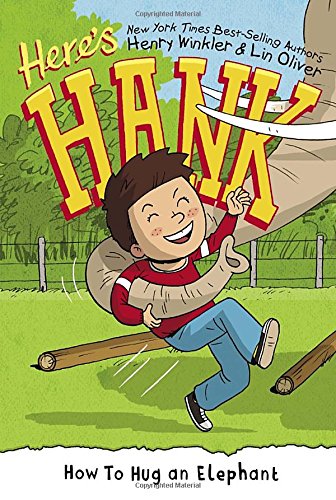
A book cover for How to Hug an Elephant #6 (Here's Hank); Henry Winkler; Children's Books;